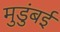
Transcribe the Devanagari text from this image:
मुडुंबई